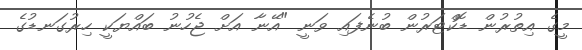
މީގެ އިތުރުން ޑޮކްޓަރުން ބުނެފައި ވަނީ "އޭނާ އަށް ޖެހުނު ބައްޔަކީ ހިރުގަނޑުގެ